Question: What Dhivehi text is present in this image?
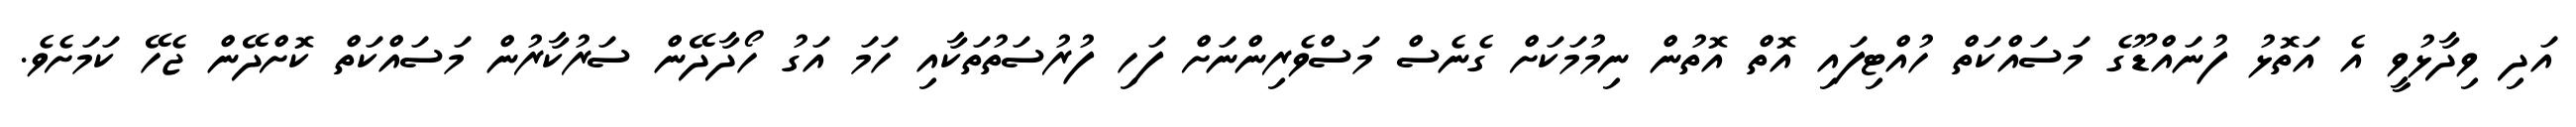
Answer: އަދި ވިދާޅުވީ އެ އަތޮޅު ފުނައްޑޫގެ މަސައްކަތް ހުއްޓިފައި އޮތް އޮތުން ނިމުމަކަށް ގެނެސް މަސްވެރިންނަށް ފަހި ފުރުސަތުތަކާއި ހަމަ އަގު ހޯދާދޭން ސަރުކާރުން މަސައްކަތް ކޮށްދޭން ޖެހޭ ކަމަށެވެ.